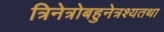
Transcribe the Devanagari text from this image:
त्रिनेत्रोबहुनेत्रश्यतथा